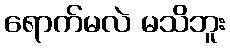
ရောက်မလဲ မသိဘူး